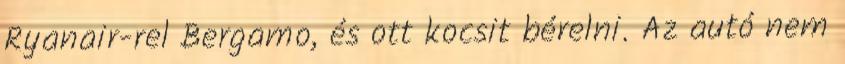
Ryanair-rel Bergamo, és ott kocsit bérelni. Az autó nem